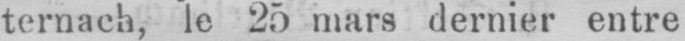
ternach, le 25 mars dernier entre